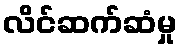
လိင်ဆက်ဆံမှု